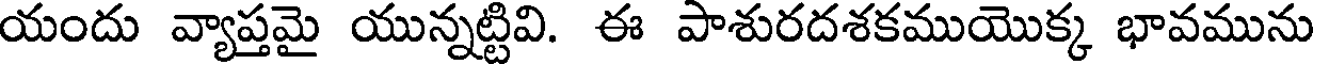
యందు వ్యాప్తమై యున్నట్టివి. ఈ పాశురదశకముయొక్క భావమును